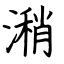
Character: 潲